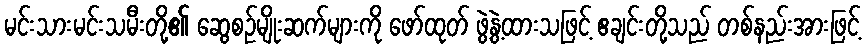
မင်းသားမင်းသမီးတို့၏ ဆွေစဉ်မျိုးဆက်များကို ဖော်ထုတ် ဖွဲ့နွဲ့ထားသဖြင့် ဧချင်းတို့သည် တစ်နည်းအားဖြင့်